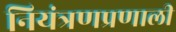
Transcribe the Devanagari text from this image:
नियंत्रणप्रणाली